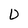
Character: D